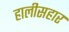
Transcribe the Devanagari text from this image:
हालीसहार